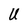
Character: U